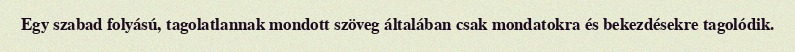
Egy szabad folyású, tagolatlannak mondott szöveg általában csak mondatokra és bekezdésekre tagolódik.